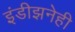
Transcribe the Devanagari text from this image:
इंडीझनेही